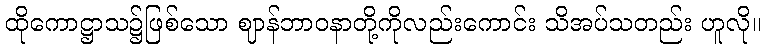
ထိုကောဋ္ဌာသ၌ဖြစ်သော ဈာန်ဘာဝနာတို့ကိုလည်းကောင်း သိအပ်သတည်း ဟူလို။